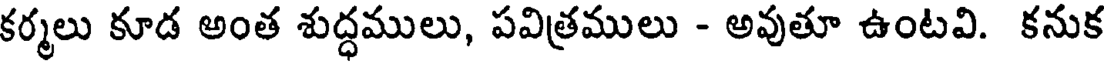
కర్మలు కూడ అంత శుద్ధములు, పవిత్రములు - అవుతూ ఉంటవి. కనుక